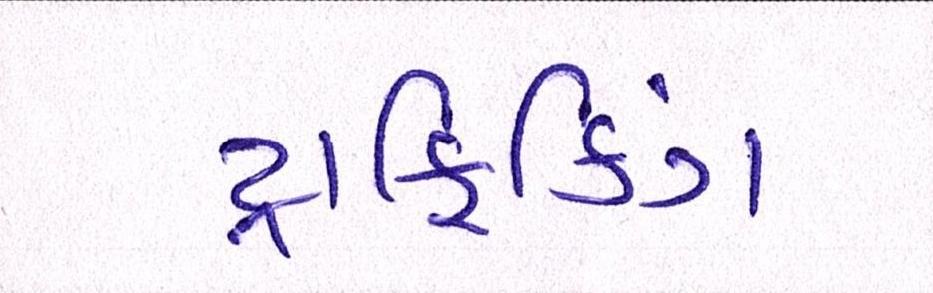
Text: ટ્રાફિકિંગ